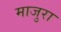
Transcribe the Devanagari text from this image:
माजुरा